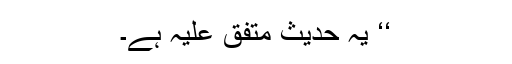
‘‘ یہ حدیث متفق علیہ ہے۔